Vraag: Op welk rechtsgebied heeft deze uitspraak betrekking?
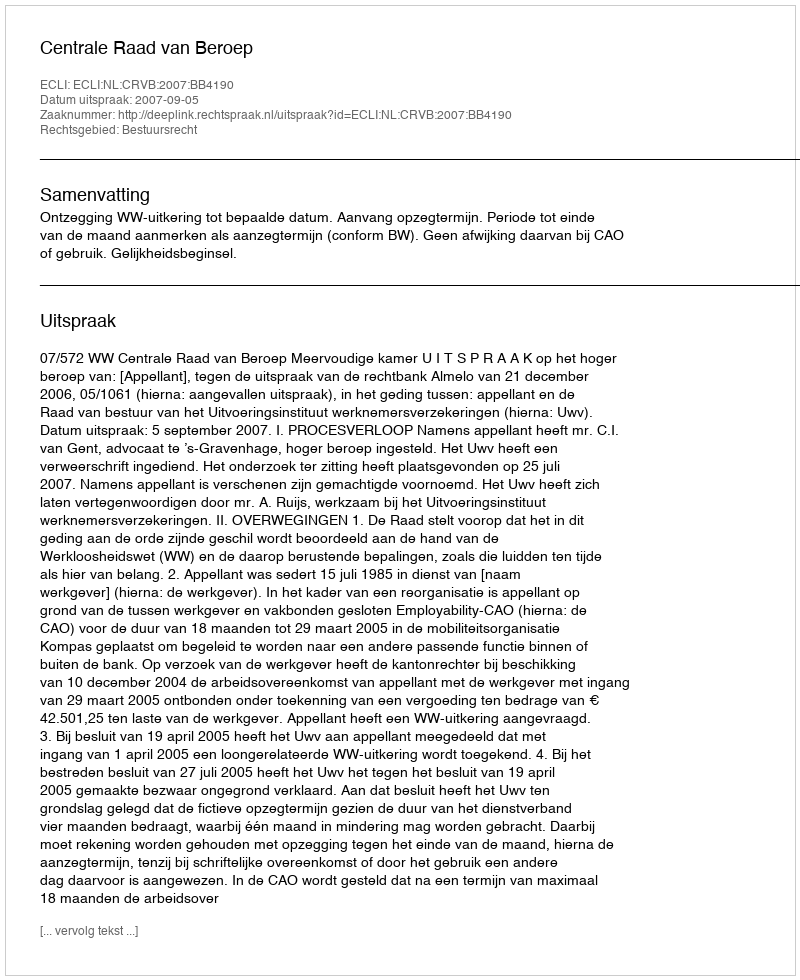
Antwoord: Bestuursrecht